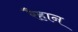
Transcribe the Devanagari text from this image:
रैहान